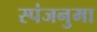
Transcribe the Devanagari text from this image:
स्पंजनुमा